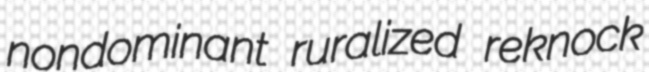
nondominant ruralized reknock